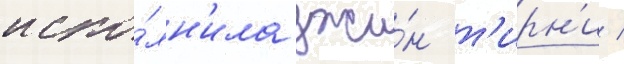
испо́лн'ила джи́н т'ирн'и /